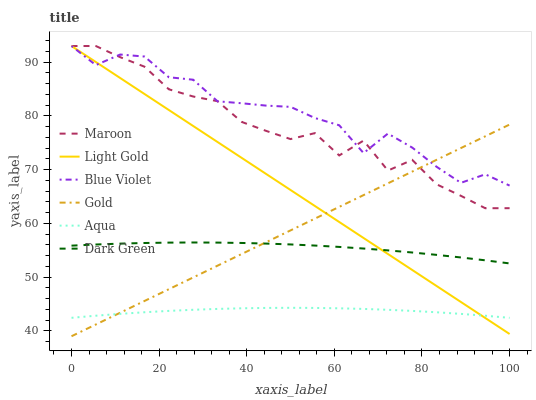
| xaxis_label | Maroon | Light Gold | Blue Violet | Gold | Aqua | Dark Green |
 | --- | --- | --- | --- | --- | --- | --- |
 | 0 | 93 | 93 | 93 | 39 | 42.4 | 55.9 |
 | 5.56 | 93 | 90 | 89.4 | 41.2 | 42.8 | 56.1 |
 | 11.1 | 90.9 | 87 | 91.4 | 43.4 | 43.2 | 56.2 |
 | 16.7 | 89.2 | 84.1 | 91 | 45.6 | 43.5 | 56.4 |
 | 22.2 | 84.9 | 81.1 | 87.2 | 47.8 | 43.7 | 56.4 |
 | 27.8 | 83.6 | 78.1 | 86.7 | 49.9 | 43.9 | 56.4 |
 | 33.3 | 82.7 | 75.1 | 82.7 | 52.1 | 44.1 | 56.4 |
 | 38.9 | 78.9 | 72.2 | 82.3 | 54.3 | 44.2 | 56.4 |
 | 44.4 | 77.2 | 69.2 | 81.9 | 56.5 | 44.3 | 56.2 |
 | 50 | 75.7 | 66.2 | 81.7 | 58.7 | 44.3 | 56.1 |
 | 55.6 | 76.8 | 63.2 | 79.6 | 60.9 | 44.3 | 55.9 |
 | 61.1 | 72.6 | 60.3 | 78.3 | 63.1 | 44.2 | 55.6 |
 | 66.7 | 75.4 | 57.3 | 73.1 | 65.3 | 44.1 | 55.3 |
 | 72.2 | 69.8 | 54.3 | 76.7 | 67.4 | 43.9 | 55 |
 | 77.8 | 71.8 | 51.3 | 74.1 | 69.6 | 43.7 | 54.6 |
 | 83.3 | 67.3 | 48.4 | 70.5 | 71.8 | 43.5 | 54.1 |
 | 88.9 | 65.1 | 45.4 | 67.5 | 74 | 43.2 | 53.7 |
 | 94.4 | 62.8 | 42.4 | 69.1 | 76.2 | 42.8 | 53.1 |
 | 100 | 62.8 | 39.4 | 67 | 78.4 | 42.4 | 52.5 |